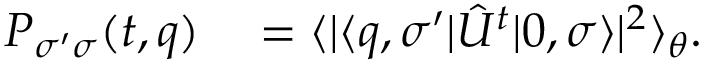
\begin{array} { r l } { P _ { \sigma ^ { \prime } \sigma } ( t , q ) } & { { } = \langle | \langle q , \sigma ^ { \prime } | \hat { U } ^ { t } | 0 , \sigma \rangle | ^ { 2 } \rangle _ { \theta } . } \end{array}